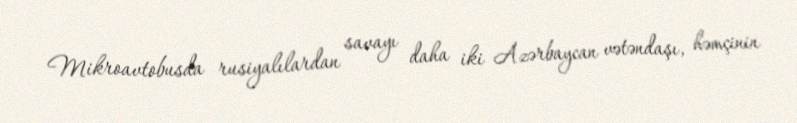
Mikroavtobusda rusiyalılardan savayı daha iki Azərbaycan vətəndaşı, həmçinin